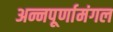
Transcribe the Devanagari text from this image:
अन्नपूर्णामंगल